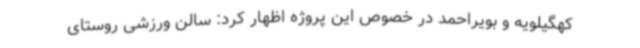
کهگیلویه و بویراحمد در خصوص این پروژه اظهار کرد: سالن ورزشی روستای